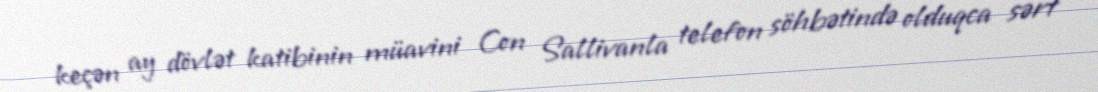
keçən ay dövlət katibinin müavini Con Sallivanla telefon söhbətində olduqca sərt